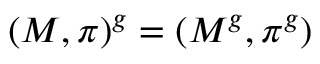
( M , \pi ) ^ { g } = ( M ^ { g } , \pi ^ { g } )